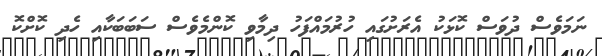
ނަމަވެސް ދުވަސް ކޮޅަކު އެރަށުގައި ހުރުމައްފަހު ދިމާވި ކޮންމެވެސް ސަބަބަކާއި ހެދި ކޮށްކޮ